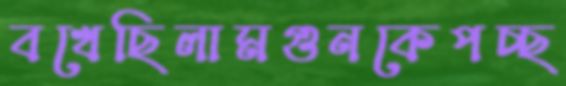
বখেছিলামগুনকেপচ্ছ